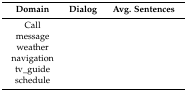
<table><thead><tr><td><b>Domain</b></td><td><b>Dialog</b></td><td><b>Avg. Sentences</b></td></tr></thead><tbody><tr><td>Call</td><td>[EMPTY_CELL]</td><td>[EMPTY_CELL]</td></tr><tr><td>message</td><td>[EMPTY_CELL]</td><td>[EMPTY_CELL]</td></tr><tr><td>weather</td><td>[EMPTY_CELL]</td><td>[EMPTY_CELL]</td></tr><tr><td>navigation</td><td>[EMPTY_CELL]</td><td>[EMPTY_CELL]</td></tr><tr><td>tv_guide</td><td>[EMPTY_CELL]</td><td>[EMPTY_CELL]</td></tr><tr><td>schedule</td><td>[EMPTY_CELL]</td><td>[EMPTY_CELL]</td></tr></tbody></table>